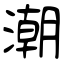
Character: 潮